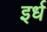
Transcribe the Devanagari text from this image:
इर्ध